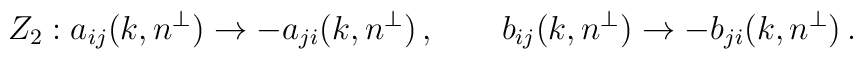
Z_2 : a_{ij}(k,n^\perp)\rightarrow -a_{ji}(k,n^\perp)\,, \qquad      b_{ij}(k,n^\perp)\rightarrow -b_{ji}(k,n^\perp)\,.